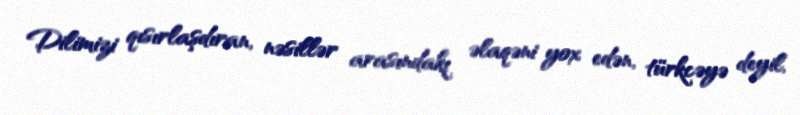
Dilimizi qısırlaşdıran, nəsillər arasındakı əlaqəni yox edən, türkcəyə deyil,